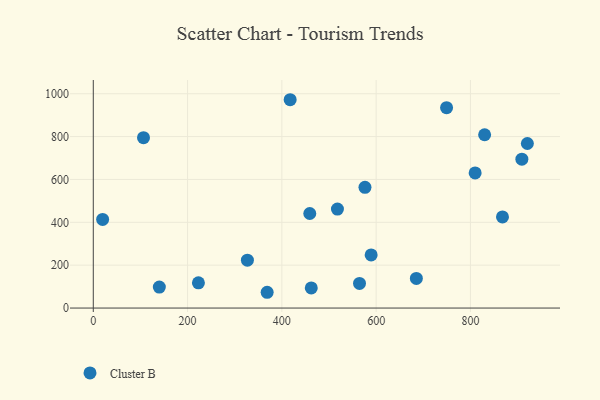
{"axis": {"x": "Distance", "y": "Sales"}, "legend": ["Cluster B"], "data": [{"x": "909.1", "y": 694.5, "type": "Cluster B"}, {"x": "920.8", "y": 767.8, "type": "Cluster B"}, {"x": "326.9", "y": 223.4, "type": "Cluster B"}, {"x": "462.4", "y": 93.7, "type": "Cluster B"}, {"x": "868.0", "y": 425.4, "type": "Cluster B"}, {"x": "140.1", "y": 98.0, "type": "Cluster B"}, {"x": "459.2", "y": 441.2, "type": "Cluster B"}, {"x": "106.5", "y": 794.9, "type": "Cluster B"}, {"x": "223.0", "y": 117.6, "type": "Cluster B"}, {"x": "19.8", "y": 413.3, "type": "Cluster B"}, {"x": "830.1", "y": 808.5, "type": "Cluster B"}, {"x": "810.0", "y": 630.3, "type": "Cluster B"}, {"x": "368.8", "y": 73.6, "type": "Cluster B"}, {"x": "576.3", "y": 563.2, "type": "Cluster B"}, {"x": "564.7", "y": 114.8, "type": "Cluster B"}, {"x": "417.6", "y": 972.0, "type": "Cluster B"}, {"x": "589.4", "y": 247.8, "type": "Cluster B"}, {"x": "685.3", "y": 138.3, "type": "Cluster B"}, {"x": "749.4", "y": 935.1, "type": "Cluster B"}, {"x": "517.9", "y": 461.6, "type": "Cluster B"}]}